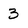
Character: 3